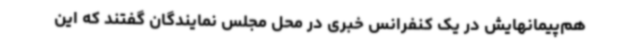
هم‌پیمانهایش در یک کنفرانس خبری در محل مجلس نمایندگان گفتند که این